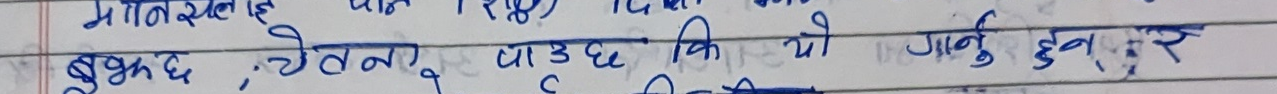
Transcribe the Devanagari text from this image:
बुझछ, चेतना पाउँछ कि यो गर्नु हुन्नर